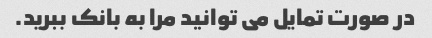
در صورت تمایل می توانید مرا به بانک ببرید.